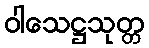
ဝါသေဋ္ဌသုတ္တ